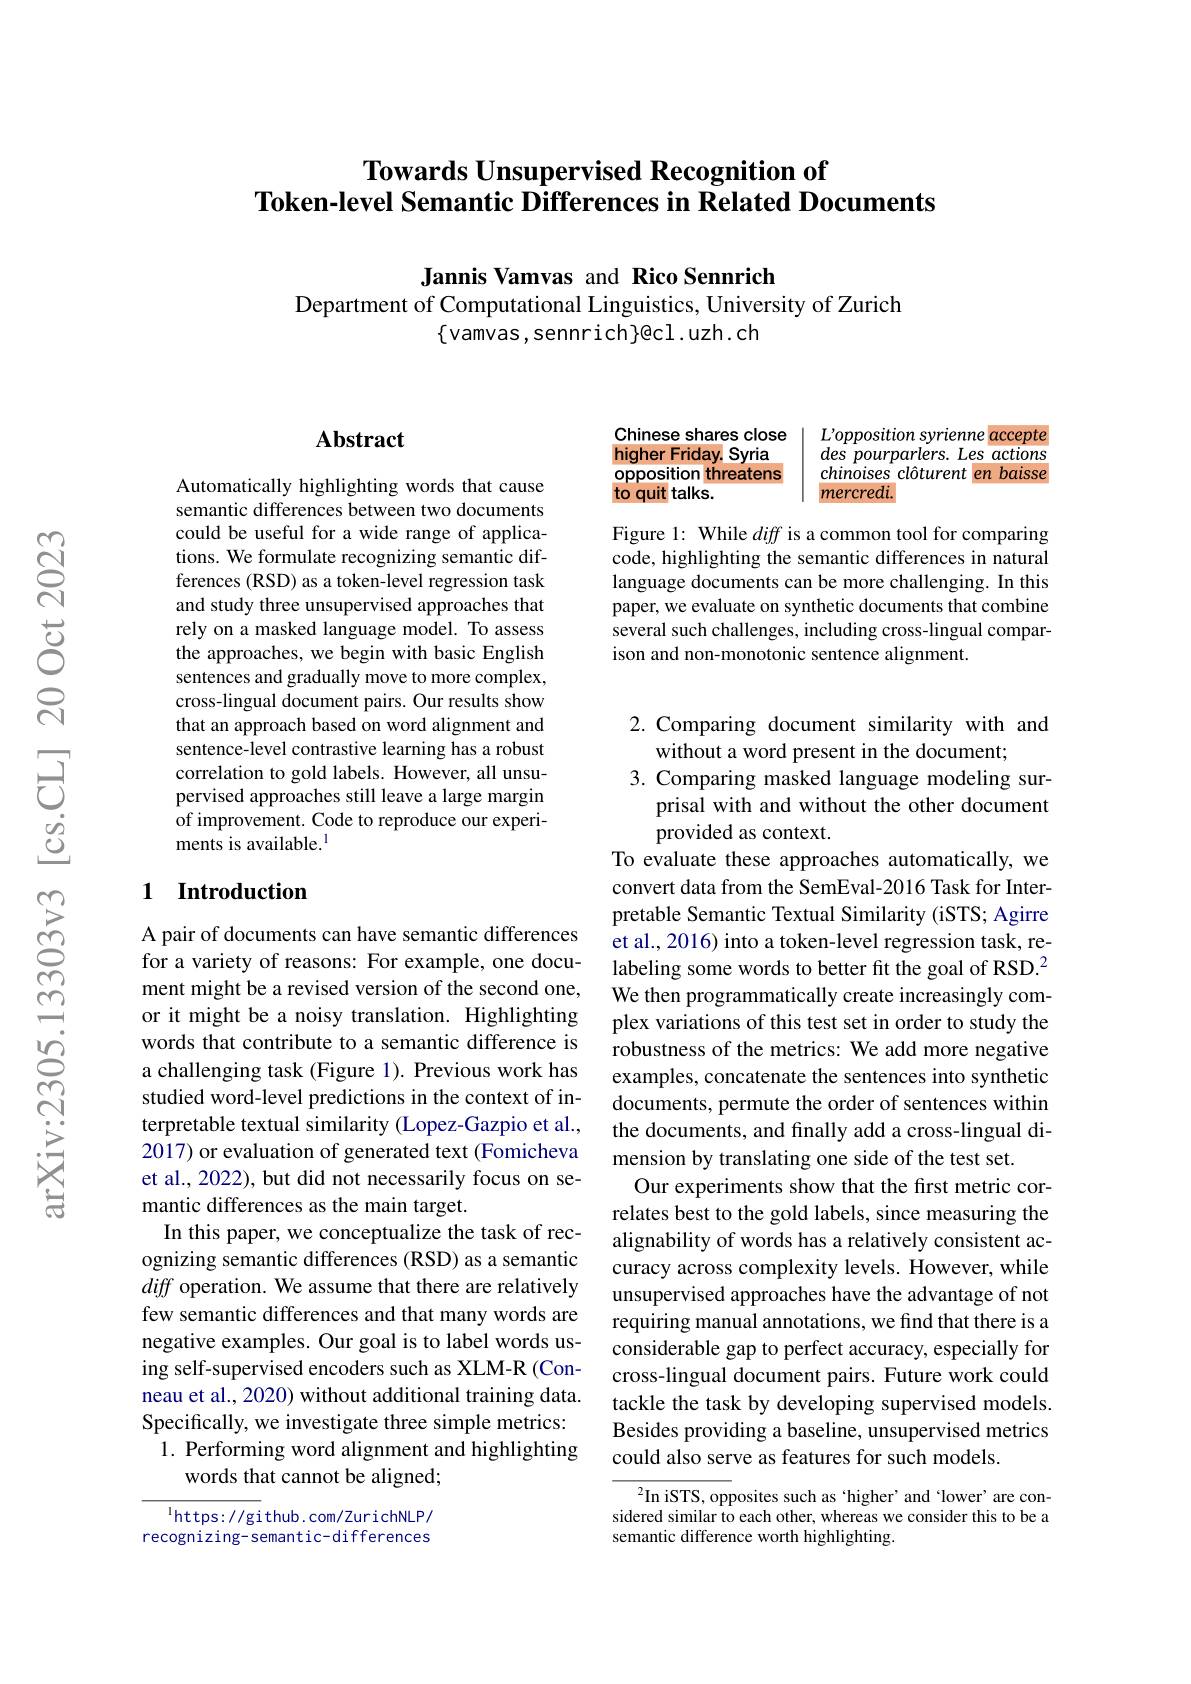
# Towards Unsupervised Recognition of Token-level Semantic Differences in Related Documents

Jannis Vamvas and Rico Sennrich
Department of Computational Linguistics, University of Zurich
$\{$vamvas,sennrich}@cl.uzh.ch

L'opposition syrienne accepte des pourparlers. Les actions chinoises clôturent en baisse mercredi.

Chinese shares close higher Friday. Syria opposition threatens to quit talks.

Figure 1: While diff is a common tool for comparing code, highlighting the semantic differences in natural language documents can be more challenging. In this paper, we evaluate on synthetic documents that combine several such challenges, including cross-lingual comparison and non-monotonic sentence alignment

## $\mathbf{Abstract}$

Automatically highlighting words that cause semantic differences between two documents could be useful for a wide range of applications. We formulate recognizing semantic differences (RSD) as a token-level regression task and study three unsupervised approaches that rely on a masked language model. To assess the approaches, we begin with basic English sentences and gradually move to more complex, cross-lingual document pairs. Our results show that an approach based on word alignment and sentence-level contrastive learning has a robust correlation to gold labels. However, all unsupervised approaches still leave a large margin of improvement. Code to reproduce our experiments is available.$^{\mathrm{l}}$

### 1 Introduction

A pair of documents can have semantic differences for a variety of reasons: For example, one document might be a revised version of the second one, or it might be a noisy translation. Highlighting words that contribute to a semantic difference is a challenging task (Figure 1). Previous work has studied word-level predictions in the context of interpretable textual similarity (Lopez-Gazpio et al., 2017) or evaluation of generated text (Fomicheva et al., 2022), but did not necessarily focus on semantic differences as the main target.
In this paper, we conceptualize the task of recognizing semantic differences (RSD) as a semantic diff operation. We assume that there are relatively few semantic differences and that many words are negative examples. Our goal is to label words using self-supervised encoders such as XLM-R (Conneau et al., 2020) without additional training data. Specifically, we investigate three simple metrics: 1. Performing word alignment and highlighting
words that cannot be aligned;

$^{1}$https://github.com/ZurichNLP/ recognizing-semantic-differences

2. Comparing document similarity with and
without a word present in the document;
3. Comparing masked language modeling sur-
prisal with and without the other document
provided as context.
To evaluate these approaches automatically, we convert data from the SemEval-2016 Task for Interpretable Semantic Textual Similarity (iSTS; Agirre et al., 2016) into a token-level regression task, relabeling some words to better fit the goal of RSD.$^{2}$ We then programmatically create increasingly complex variations of this test set in order to study the robustness of the metrics: We add more negative examples, concatenate the sentences into synthetic documents, permute the order of sentences within the documents, and finally add a cross-lingual dimension by translating one side of the test set.
Our experiments show that the first metric correlates best to the gold labels, since measuring the alignability of words has a relatively consistent accuracy across complexity levels. However, while unsupervised approaches have the advantage of not requiring manual annotations, we find that there is a considerable gap to perfect accuracy, especially for cross-lingual document pairs. Future work could tackle the task by developing supervised models. Besides providing a baseline, unsupervised metrics could also serve as features for such models.
${^{2}\mathrm{In~iSTS,~opp}}$osites such as `higher' and 'lower' are con-

sidered similar to each other, whereas we consider this to be a
semantic difference worth highlighting.